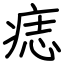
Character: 痣